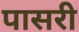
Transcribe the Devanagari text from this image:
पासरी